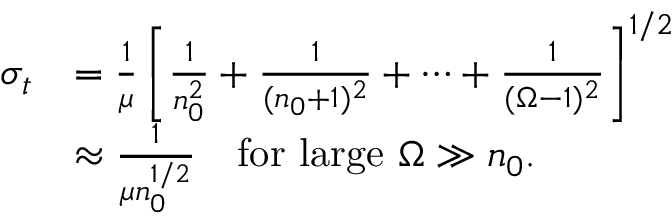
\begin{array} { r l } { \sigma _ { t } } & { = \frac { 1 } { \mu } \left[ \frac { 1 } { n _ { 0 } ^ { 2 } } + \frac { 1 } { ( n _ { 0 } + 1 ) ^ { 2 } } + \cdots + \frac { 1 } { ( \Omega - 1 ) ^ { 2 } } \right] ^ { 1 / 2 } } \\ & { \approx \frac { 1 } { \mu n _ { 0 } ^ { 1 / 2 } } \quad \mathrm { f o r ~ l a r g e ~ } \Omega \gg n _ { 0 } . } \end{array}